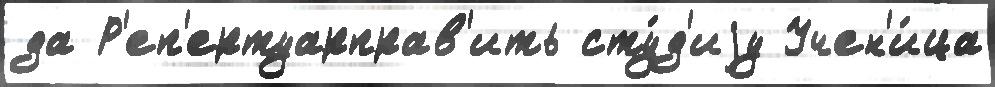
да Р'еп'ертуарправ'ить сту́д'иjу Учен'и́ца